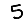
Digit: 5